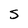
Character: S